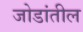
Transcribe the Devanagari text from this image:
जोडांतील